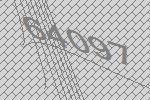
64097